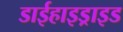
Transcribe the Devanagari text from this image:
डाईहाइड्राइड